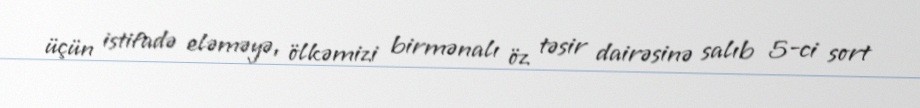
üçün istifadə eləməyə, ölkəmizi birmənalı öz təsir dairəsinə salıb 5-ci sort